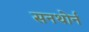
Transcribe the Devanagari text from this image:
सनथोर्न